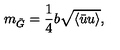
m _ { \tilde { G } } = \frac { 1 } { 4 } b \sqrt { \langle \bar { u } u \rangle } ,